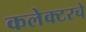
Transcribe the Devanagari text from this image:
कलेक्टरचे